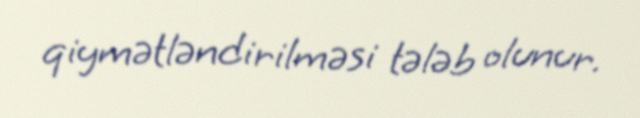
qiymətləndirilməsi tələb olunur.